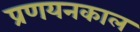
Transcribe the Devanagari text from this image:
प्रणयनकाल